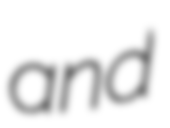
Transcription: and